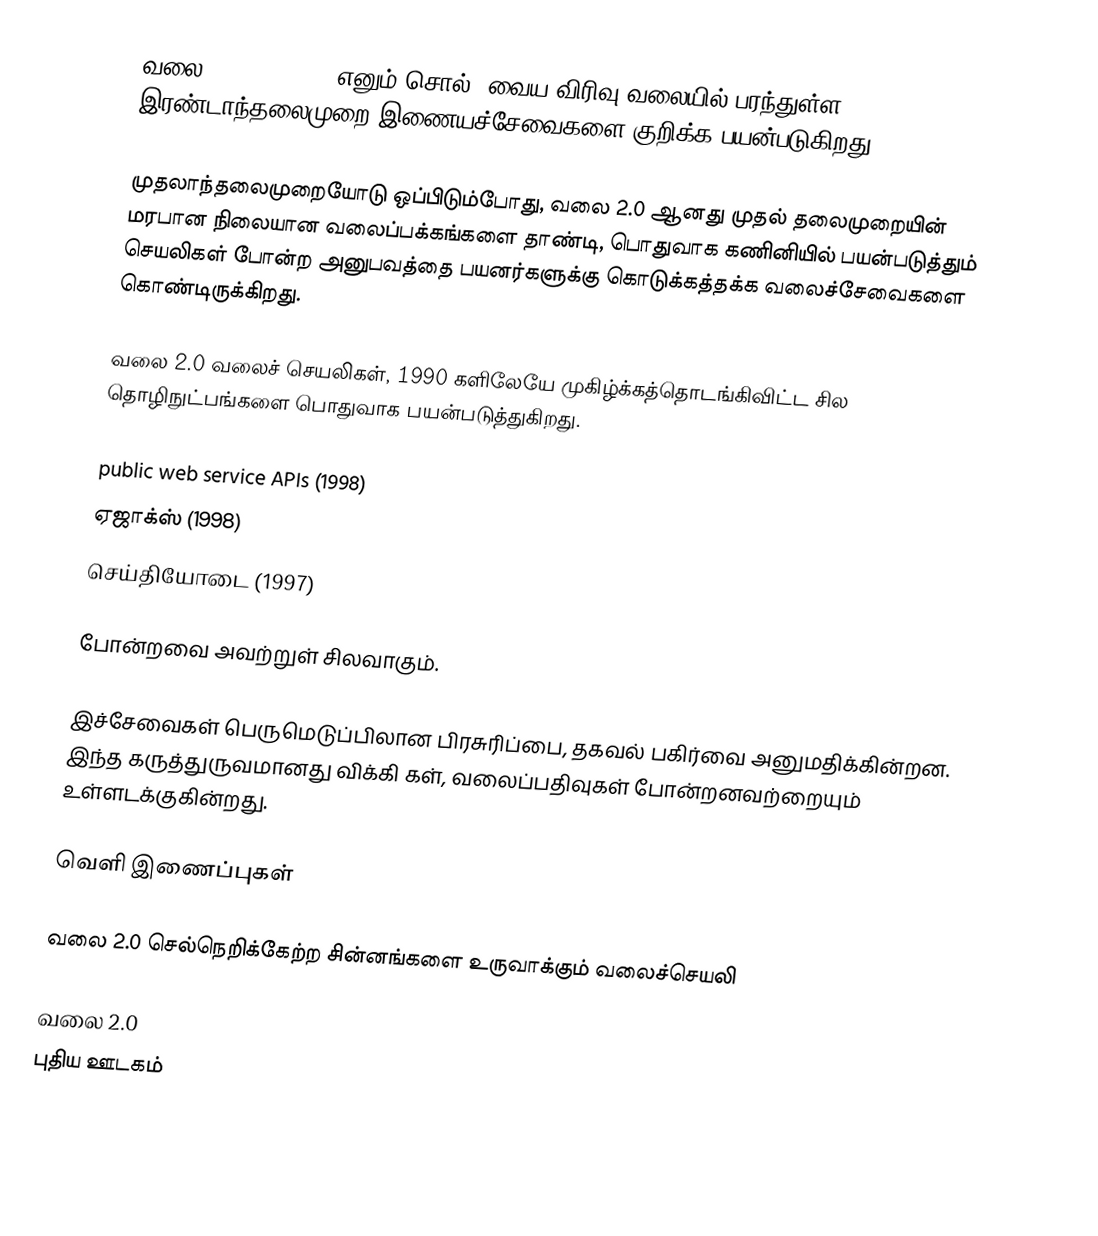
வலை 2.0 (web 2.0) எனும் சொல், வைய விரிவு வலையில் பரந்துள்ள இரண்டாந்தலைமுறை இணையச்சேவைகளை குறிக்க பயன்படுகிறது.

முதலாந்தலைமுறையோடு ஒப்பிடும்போது, வலை 2.0 ஆனது முதல் தலைமுறையின் மரபான நிலையான வலைப்பக்கங்களை தாண்டி, பொதுவாக கணினியில் பயன்படுத்தும் செயலிகள் போன்ற அனுபவத்தை பயனர்களுக்கு கொடுக்கத்தக்க வலைச்சேவைகளை கொண்டிருக்கிறது.

வலை 2.0 வலைச் செயலிகள், 1990 களிலேயே முகிழ்க்கத்தொடங்கிவிட்ட சில தொழிநுட்பங்களை பொதுவாக பயன்படுத்துகிறது.

 public web service APIs (1998)
 ஏஜாக்ஸ் (1998)
 செய்தியோடை (1997)

போன்றவை அவற்றுள் சிலவாகும்.

இச்சேவைகள் பெருமெடுப்பிலான பிரசுரிப்பை, தகவல் பகிர்வை அனுமதிக்கின்றன. இந்த கருத்துருவமானது விக்கி கள், வலைப்பதிவுகள் போன்றனவற்றையும் உள்ளடக்குகின்றது.

வெளி இணைப்புகள்

 வலை 2.0 செல்நெறிக்கேற்ற சின்னங்களை உருவாக்கும் வலைச்செயலி

வலை 2.0
புதிய ஊடகம்